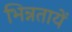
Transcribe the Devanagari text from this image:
भिन्नतायें